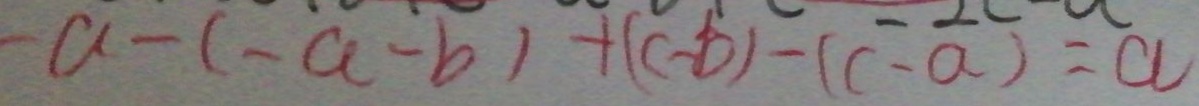
- a - ( - a - b ) + ( c - b ) - ( c - a ) = a